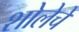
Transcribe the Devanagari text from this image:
शोलेचे